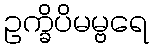
ဥက္ခိပိမမ္ဗရေ